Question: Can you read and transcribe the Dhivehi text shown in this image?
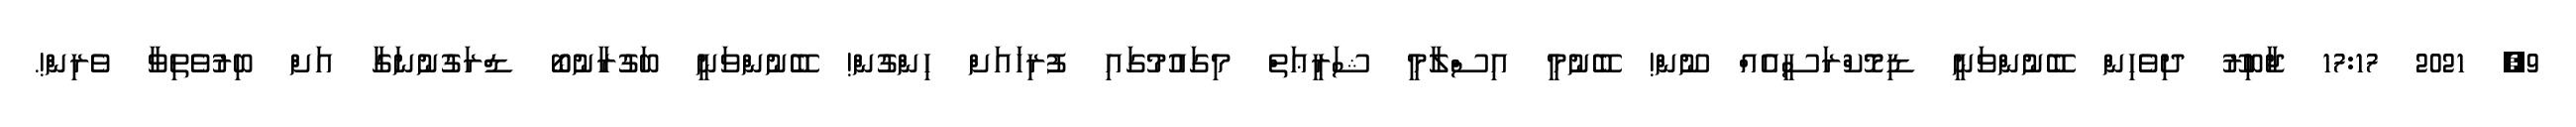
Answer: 9, 2021 17:17 ޖާބިރޫ ދިވެހިން ބޭނުންވަނީ ޑިމޮކްރަސީއެއް ނޫން! ބޭނުމީ އިސްލާމީ ޝަރީޢަތް މިގައުމުގައި ފުރިހައަށް ހިންގުން! ބޭނުންވަނީ ބަގުރާނުބޯ ޑްރަގުނުނަގާ އަށް ބިރުވެތިވާ ވެރިން!.